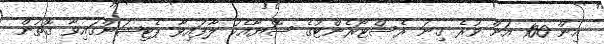
އިން 100 އަށް ވުރެ ގިނަ ރެސްޓޯރެންޓުގެ ސޮޔާއެކު ލާފައިވާ ޕެޓިޝަންގައިވާ ގޮތުން